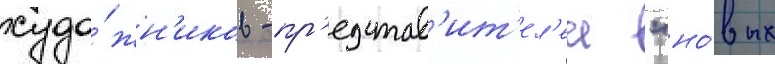
худо́жн'иков - пр'едстав'ит'ел'еи "но́вых